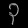
Digit: ၃